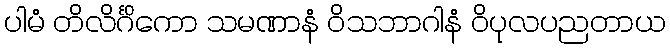
ပါမံ တိလိင်္ဂိကော သမဏာနံ ဝိသဘာဂါနံ ဝိပုလပညတာယ